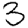
Digit: 3